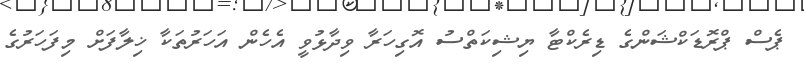
ޕެސް ޕްރޮޑަކްޝަންގެ ޑިރެކްޓާ ޔިޝިކަތްސު އޮގިހަރާ ވިދާޅުވީ އެހެން އަހަރުތަކާ ޚިލާފަށް މިފަހަރުގެ